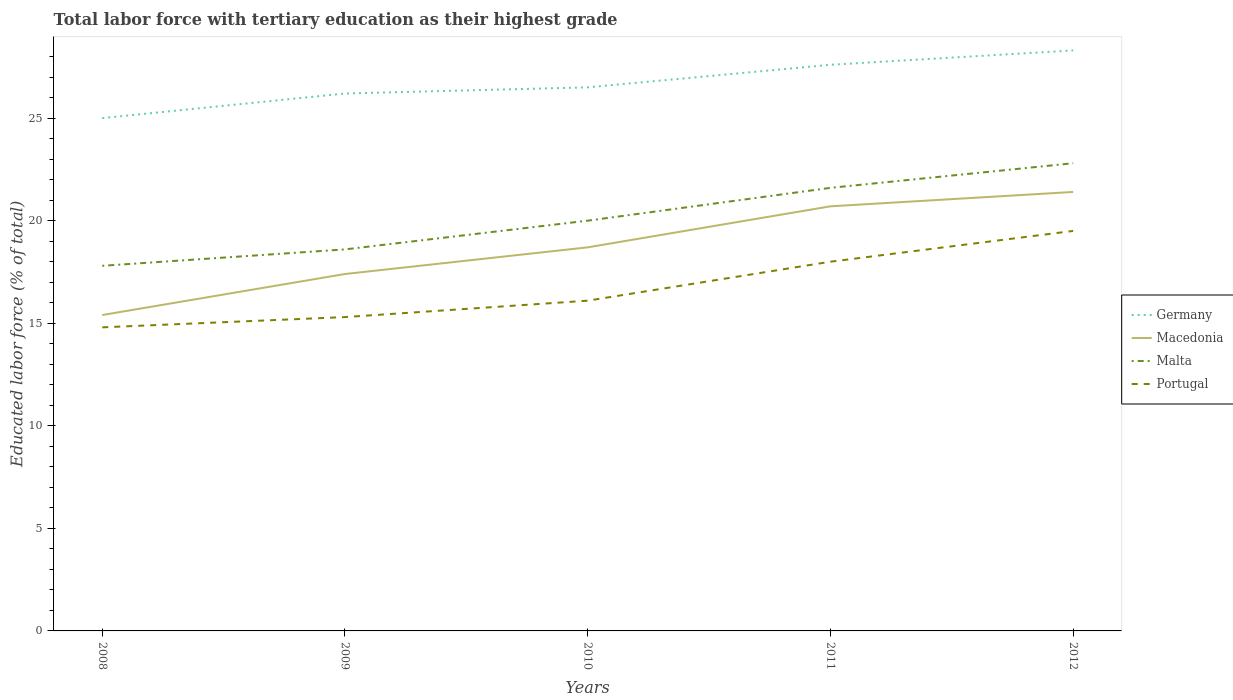
| Years | Germany | Macedonia | Malta | Portugal |
 | --- | --- | --- | --- | --- |
 | 2008 | 25 | 15.4 | 17.8 | 14.8 |
 | 2009 | 26.2 | 17.4 | 18.6 | 15.3 |
 | 2010 | 26.5 | 18.7 | 20 | 16.1 |
 | 2011 | 27.6 | 20.7 | 21.6 | 18 |
 | 2012 | 28.3 | 21.4 | 22.8 | 19.5 |